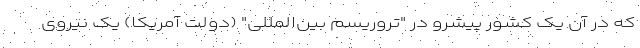
که در آن یک کشور پیشرو در "تروریسم بین‌المللی" (دولت آمریکا) یک نیروی